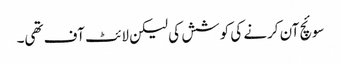
سوئچ آن کرنے کی کوشش کی لیکن لائٹ آف تھی۔